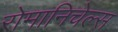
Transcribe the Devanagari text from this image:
रोमानिचेल्स